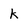
Character: k